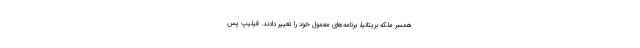
همسر ملکه بریتانیا، برنامه‌های معمول خود را تغییر دادند. فیلیپ پس